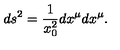
d s ^ { 2 } = { \frac { 1 } { x _ { 0 } ^ { 2 } } } d x ^ { \mu } d x ^ { \mu } .